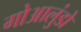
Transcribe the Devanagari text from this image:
गोआलुंडो